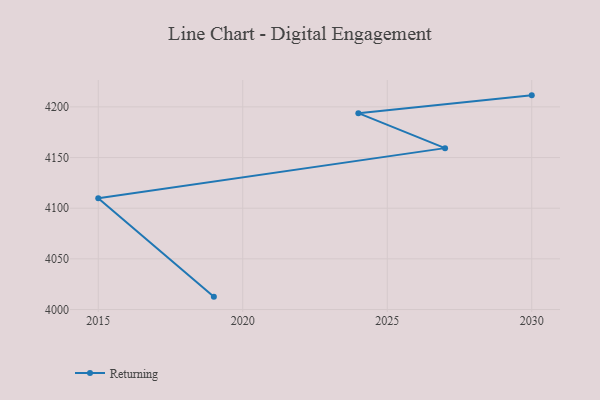
{"axis": {"x": "Year", "y": "Waste Production (Tons)"}, "legend": ["Returning"], "data": [{"x": "2019", "y": 4012.7, "type": "Returning"}, {"x": "2015", "y": 4109.9, "type": "Returning"}, {"x": "2027", "y": 4159.3, "type": "Returning"}, {"x": "2024", "y": 4193.8, "type": "Returning"}, {"x": "2030", "y": 4211.4, "type": "Returning"}]}